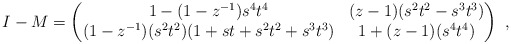
\begin{align*}I-M=\begin{pmatrix} 1-(1-z^{-1})s^{4}t^{4} & (z-1)(s^{2}t^{2}-s^{3}t^{3}) \\ (1-z^{-1})(s^{2}t^{2})(1+st+s^{2}t^{2}+s^{3}t^{3}) & 1+(z-1)(s^{4}t^{4}) \end{pmatrix} \ ,\end{align*}